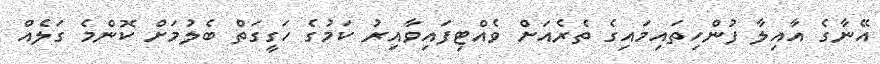
އޭނާގެ އާއިލާ ފުންހިތައިމައިގެ ތެރެއަށް ވެއްޓިފައިވާއިރު ކަމުގެ ހަގީގަތް ބެލުމަށް ކޮންމެ ގަލެއް